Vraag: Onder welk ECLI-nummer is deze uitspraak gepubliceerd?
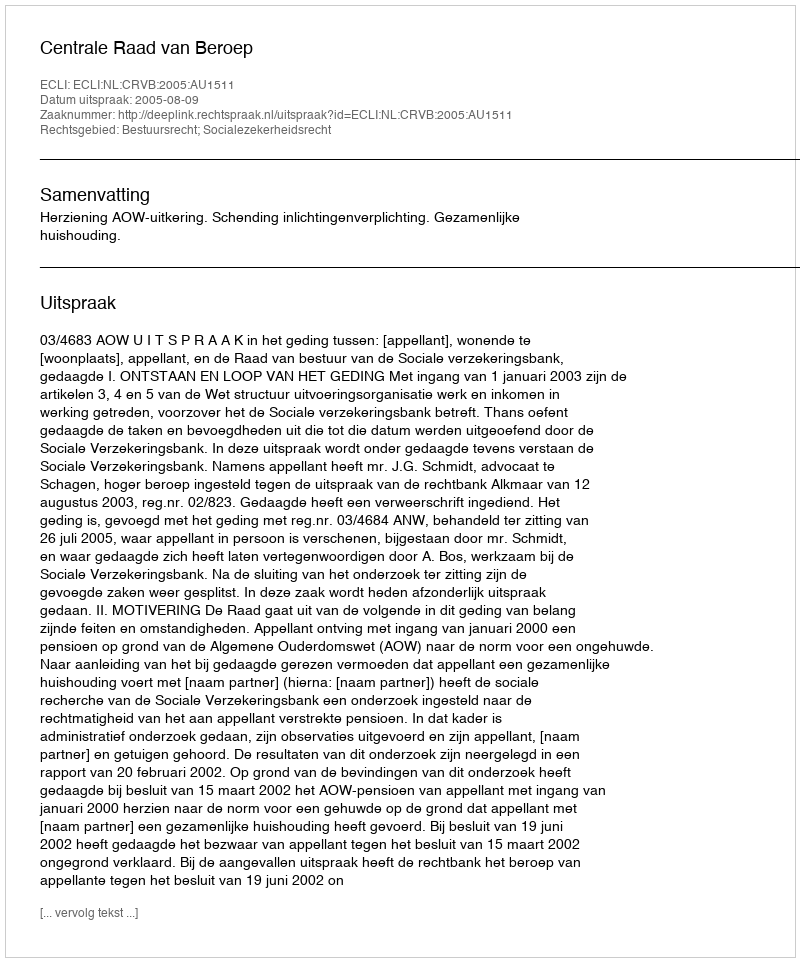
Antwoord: ECLI:NL:CRVB:2005:AU1511